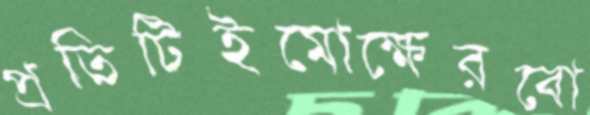
প্রতিটিইমোক্ষেরবো